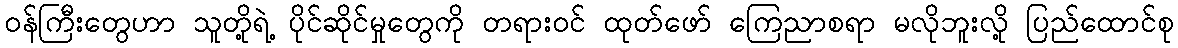
ဝန်ကြီးတွေဟာ သူတို့ရဲ့ ပိုင်ဆိုင်မှုတွေကို တရားဝင် ထုတ်ဖော် ကြေညာစရာ မလိုဘူးလို့ ပြည်ထောင်စု